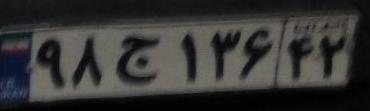
۹۸ج۱۳۶۴۲